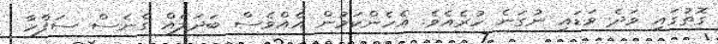
ގޮތުގައި ވަދެ ވަޑައި ނުގަނެ ހުރެއެވެ. އެހެންކަމުން އެއްވެސް ބަދަލެއް ގެނެސް ސަފްހާ